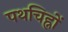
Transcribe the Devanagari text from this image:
पथचिह्नों